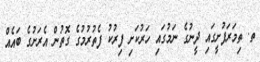
ތ. ތިމަރަފުށީގައި ދީނުގެ ނަމުގައި ހަރުކަށި ފިރުކު ފެތުރުމުގެ ގޮތުން އެރަށުގެ ބައެއް